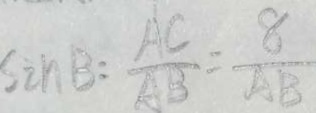
\sin B = \frac { A C } { A B } = \frac { 8 } { A B }